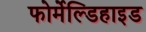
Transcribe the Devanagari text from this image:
फोर्मेल्डिहाइड